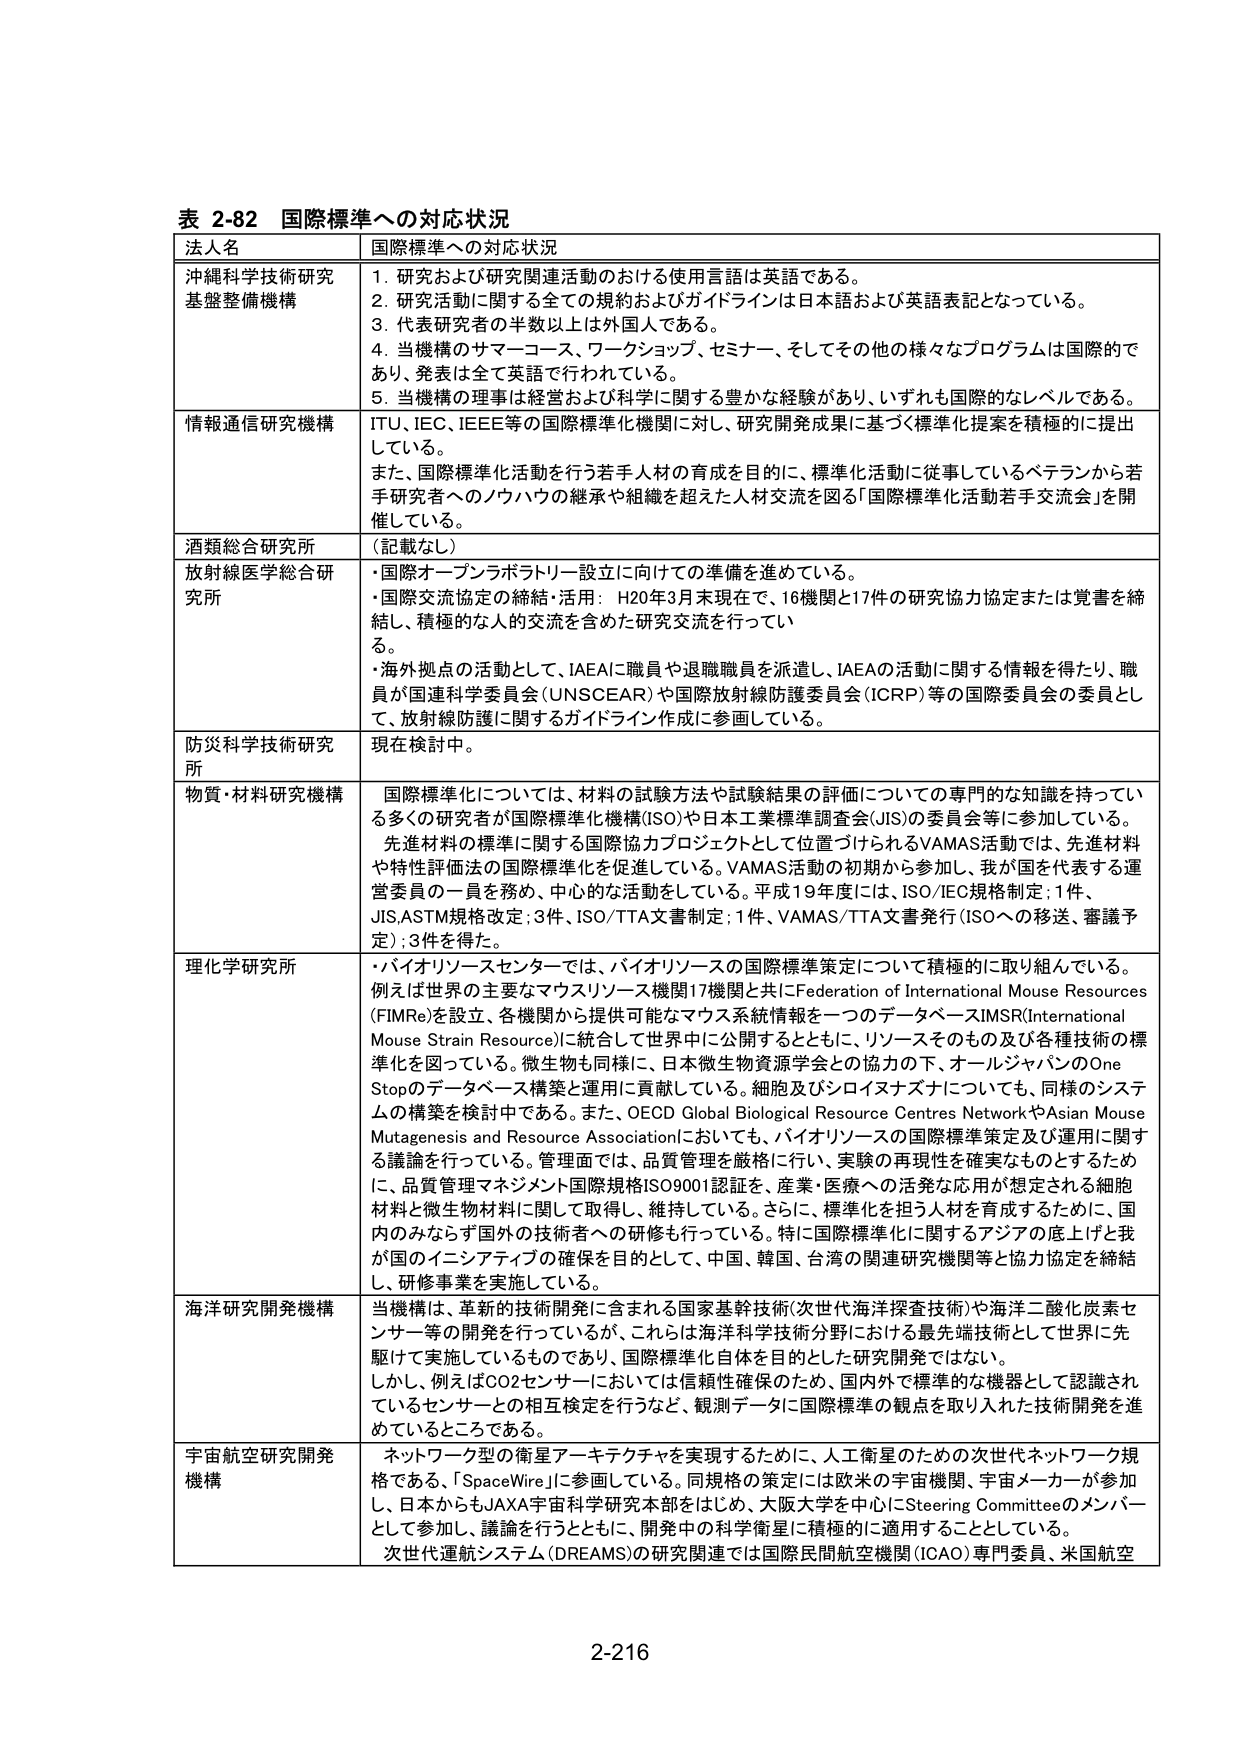
表 2-82 国際標準への対応状況
法人名 国際標準への対応状況
沖縄科学技術研究基盤整備機構 1. 研究および研究関連活動のおける使用言語は英語である。
2. 研究活動に関する全ての規約およびガイドラインは日本語および英語表記となっている。
3. 代表研究者の半数以上は外国人である。
4. 当機構のサマーコース、ワークショップ、セミナー、そしてその他の様々なプログラムは国際的であり、発表は全て英語で行われている。
5. 当機構の理事は経営および科学に関する豊かな経験があり、いずれも国際的なレベルである。
情報通信研究機構 ITU、IEC、IEEE等の国際標準化機関に対し、研究開発成果に基づく標準化提案を積極的に提出している。
また、国際標準化活動を行う若手人材の育成を目的に、標準化活動に従事しているベテランから若手研究者へのノウハウの継承や組織を超えた人材交流を図る「国際標準化活動若手交流会」を開催している。
酒類総合研究所 （記載なし）
放射線医学総合研究所 ・国際オープンラボラトリー設立に向けての準備を進めている。
・国際交流協定の締結・活用： H20年3月末現在で、16機関と17件の研究協力協定または覚書を締結し、積極的な人的交流を含めた研究交流を行っている。
・海外拠点の活動として、IAEAに職員や退職職員を派遣し、IAEAの活動に関する情報を得たり、職員が国連科学委員会（UNSCEAR）や国際放射線防護委員会（ICRP）等の国際委員会の委員として、放射線防護に関するガイドライン作成に参画している。
防災科学技術研究所 現在検討中。
物質・材料研究機構 国際標準化については、材料の試験方法や試験結果の評価についての専門的な知識を持っている多くの研究者が国際標準化機構（ISO）や日本工業標準調査会（JIS）の委員会等に参加している。
先進材料の標準に関する国際協力プロジェクトとして位置づけられるVAMAS活動では、先進材料や特性評価法の国際標準化を促進している。VAMAS活動の初期から参加し、我が国を代表する運営委員の一人を務め、中心的な活動をしている。平成19年度には、ISO/IEC規格制定：1件、JIS ASTM規格改定：3件、ISO/TTA文書制定：1件、VAMAS/TTA文書発行（ISOへの移送、審議予定）：3件を得た。
理化学研究所 ・バイオリソースセンターでは、バイオリソースの国際標準策定について積極的に取り組んでいる。
例えば世界の主要なマウスリソース機関17機関と共にFederation of International Mouse Resources（FIMRe）を設立、各機関から提供可能なマウス系統情報を一つのデータベースIMSR（International Mouse Strain Resource）に統合して世界中に公開するとともに、リソースそのもの及び各種技術の標準化を図っている。微生物も同様に、日本微生物資源学会との協力の下、オールジャパンのOne Stopのデータベース構築と運用に貢献している。細胞及びシロイヌナズナについても、同様のシステムの構築を検討中である。また、OECD Global Biological Resource Centres NetworkやAsian Mouse Mutagenesis and Resource Associationにおいても、バイオリソースの国際標準策定及び運用に関する議論を行っている。管理面では、品質管理を厳格に行い、実験の再現性を確実なものとするために、品質管理マネジメント国際規格ISO9001認証を、産業・医療への活発な応用が想定される細胞材料と微生物材料に関して取得し、維持している。さらに、標準化を担う人材を育成するために、国内のみならず国外の技術者への研修も行っている。特に国際標準化に関するアジアの底上げと我が国のイニシアティブの確保を目的として、中国、韓国、台湾の関連研究機関等と協力協定を締結し、研修事業を実施している。
海洋研究開発機構 当機構は、革新的技術開発に含まれる国家基幹技術（次世代海洋探査技術）や海洋二酸化炭素センサー等の開発を行っているが、これらは海洋科学技術分野における最先端技術として世界に先駆けて実施しているものであり、国際標準化自体を目的とした研究開発ではない。
しかし、例えばCO2センサーにおいては信頼性確保のため、国内外で標準的な機器として認識されているセンサーとの相互検定を行うなど、観測データに国際標準の観点を取り入れた技術開発を進めているところである。
宇宙航空研究開発機構 ネットワーク型の衛星アーキテクチャを実現するために、人工衛星のための次世代ネットワーク規格である、「SpaceWire」に参画している。同規格の策定には欧米の宇宙機関、宇宙メーカーが参加し、日本からもJAXA宇宙科学研究所本部をはじめ、大阪大学を中心にSteering Committeeのメンバーとして参加し、議論を行うとともに、開発中の科学衛星に積極的に適用することとしている。
次世代運航システム（DREAMS）の研究関連では国際民間航空機関（ICAO）専門委員、米国航空
2-216